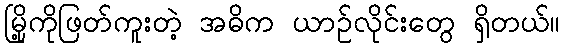
မြို့ကိုဖြတ်ကူးတဲ့ အဓိက ယာဉ်လိုင်းတွေ ရှိတယ်။